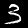
Digit: 3